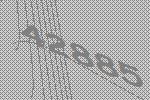
42885